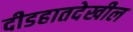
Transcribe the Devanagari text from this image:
दीडहातदेखील